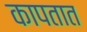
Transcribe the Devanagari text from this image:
कापतात